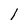
Character: I